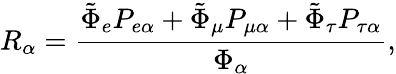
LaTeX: R_{\alpha}=\frac{\tilde{\Phi}_{e}P_{e\alpha}+\tilde{\Phi}_{\mu}P_{\mu\alpha}+\tilde{\Phi}_{\tau}P_{\tau\alpha}}{\Phi_{\alpha}},